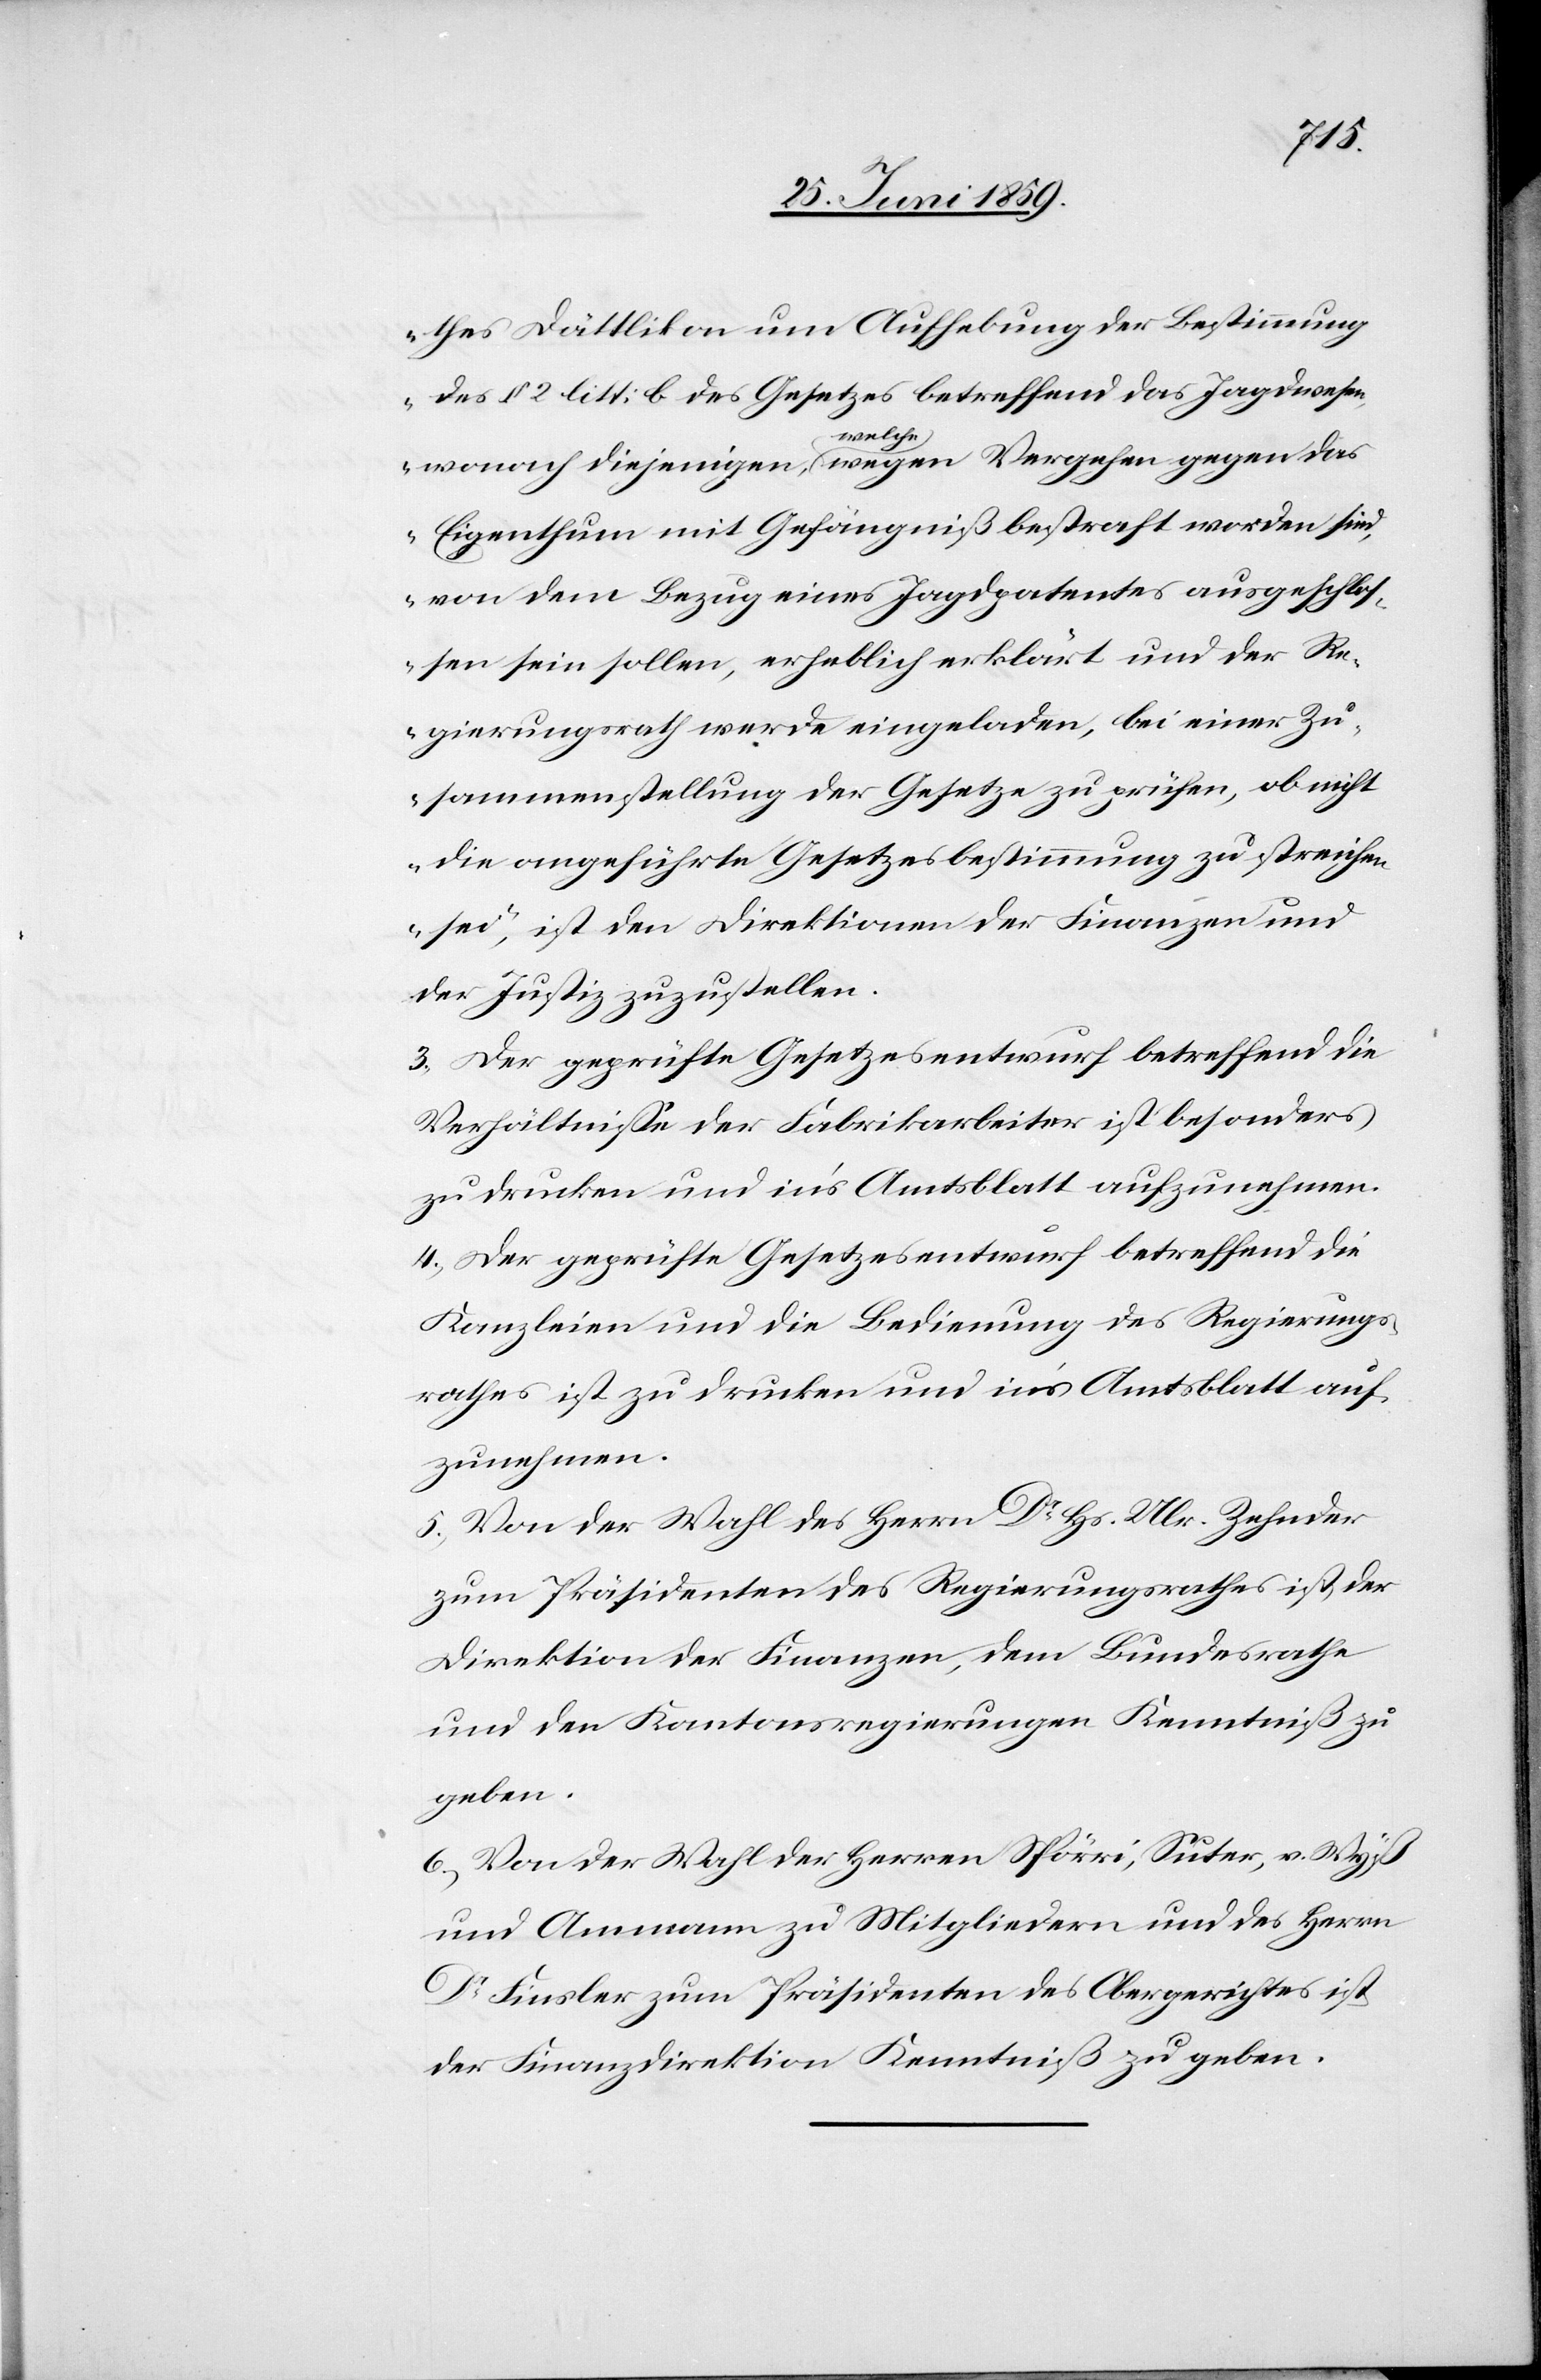
thes Dättlikon um Aufhebung der Bestimmung
des § 2 litt: b des Gesetzes betreffend das Jagdwesen
wonach diejenigen, welche wegen Vergehen gegen das
Eigenthum mit Gefängniß bestraft worden sind,
von dem Bezug eines Jagdpatentes ausgeschlos¬
sen sein sollen, erheblich erklärt und der Re¬
gierungsrath wurde eingeladen, bei einer Zu¬
sammenstellung der Gesetze zu prüfen, ob nicht
die angeführte Gesetzesbestimmung zu streichen
sei“, ist den Direktionen der Finanzen und
der Justiz zuzustellen.
3) Der geprüfte Gesetzesentwurf betreffend die
Verhältnisse der Fabrikarbeiter ist besonders
zu drucken und in’s Amtsblatt aufzunehmen.
4) Der geprüfte Gesetzesentwurf betreffend die
Kanzleien und die Bedienung des Regierungs¬
rathes ist zu drucken und in’s Amtsblatt auf¬
zunehmen.
5) Von der Wahl des Herrn Dr Hs. Ulr. Zehnder
zum Präsidenten des Regierungsrathes ist der
Direktion der Finanzen, dem Bundesrathe
und den Kantonsregierungen Kenntniß zu
geben.
6) Von der Wahl der Herren Spörri, Suter, v. Wyß
und Ammann zu Mitgliedern und des Herrn
Dr Finsler zum Präsidenten des Obergerichtes ist
der Finanzdirektion Kenntniß zu geben.